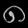
Digit: ၈